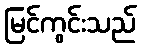
မြင်ကွင်းသည်